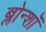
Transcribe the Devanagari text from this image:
ब्लोन्शॉ